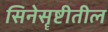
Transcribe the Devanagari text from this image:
सिनेसॄष्टीतील